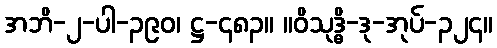
အဘိ-၂-ပါ-၃၉၀၊ ဋ္ဌ-၄၈၃။ ။ဝိသုဒ္ဓိ-ဒု-အုပ်-၃၂၄။